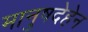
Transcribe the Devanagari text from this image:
मानुषदेहेन